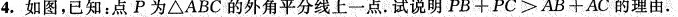
4.如图，已知：点P为△ABC的外角平分线上一点。试说明PB+PC>AB+AC的理由